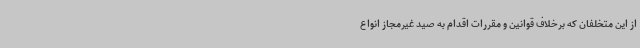
از این متخلفان که برخلاف قوانین و مقررات اقدام به صید غیرمجاز انواع